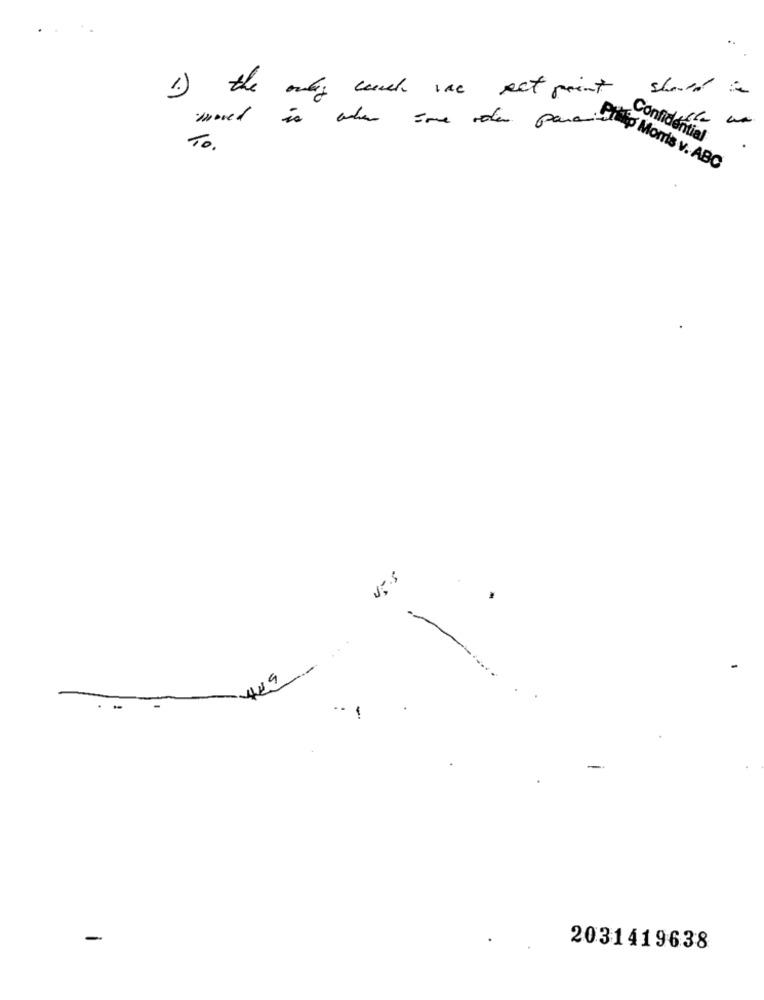
shared
1) the only couch was set point
is when some roter parait
Confidential
To.
Philip Morris v. ABC
U.s
-
...
-
2031419638